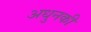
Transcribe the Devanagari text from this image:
अधुनकी